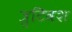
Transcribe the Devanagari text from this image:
त्रुटिवश